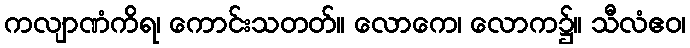
ကလျာဏံကိရ၊ ကောင်းသတတ်။ လောကေ၊ လောက၌။ သီလံဧဝ၊